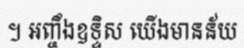
។ អញ្ចឹងឧទ្ទិស យើងមានន័យ